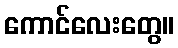
ကောင်လေးတွေ။